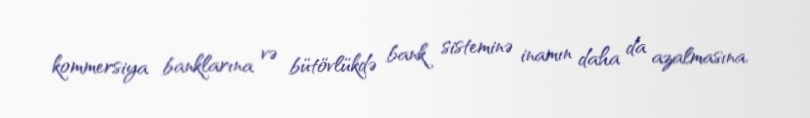
kommersiya banklarına və bütövlükdə bank sisteminə inamın daha da azalmasına,